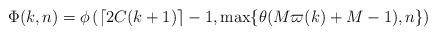
LaTeX: \begin{align*}\Phi(k,n)=\phi\left(\left\lceil 2C(k+1)\right\rceil-1, \max\{\theta(M\varpi(k)+M-1),n\}\right)\end{align*}